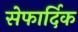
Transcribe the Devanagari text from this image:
सेफार्दिक